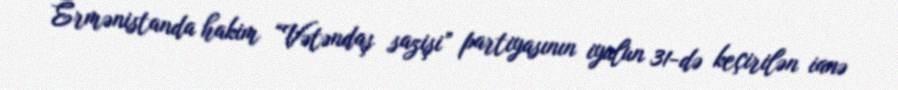
Ermənistanda hakim “Vətəndaş sazişi” partiyasının iyulun 31-də keçirilən ianə